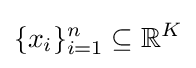
\{x_{i}\}_{i=1}^{n}\subseteq \mathbb {R} ^{K}